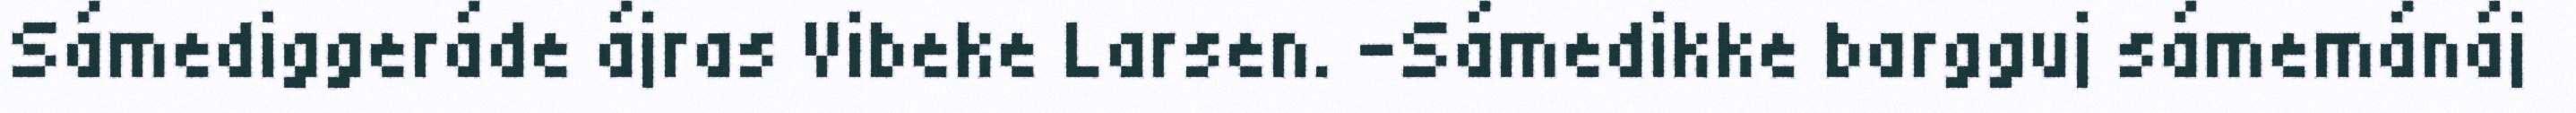
Sámediggeráde ájras Vibeke Larsen. -Sámedikke bargguj sámemánáj